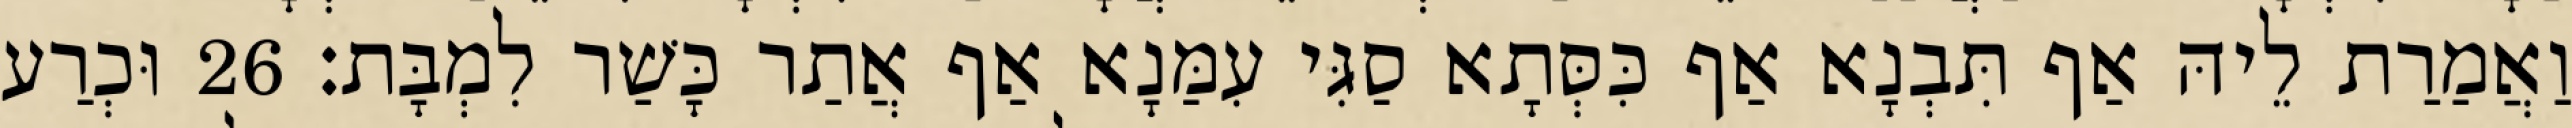
וַאֲמַרַת לֵיהּ אַף תִּבְנָא אַף כִּסְּתָא סַגִּי עִמַּנָא אַף אֲתַר כָּשַׁר לִמְבָּת׃ 26 וּכְרַע